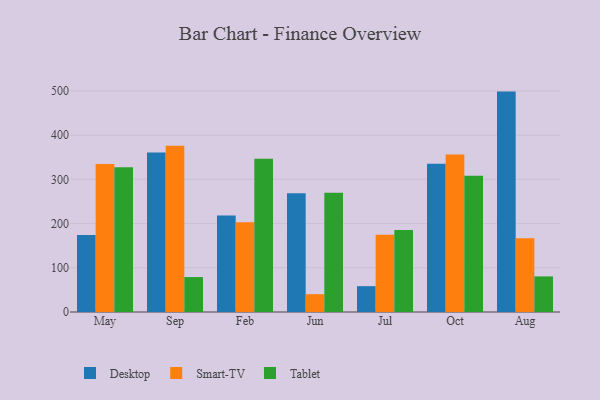
{"axis": {"x": "Month", "y": "Latency (ms)"}, "legend": ["Desktop", "Smart-TV", "Tablet"], "data": [{"x": "May", "y": 174.1, "type": "Desktop"}, {"x": "May", "y": 334.5, "type": "Smart-TV"}, {"x": "May", "y": 327.5, "type": "Tablet"}, {"x": "Sep", "y": 360.7, "type": "Desktop"}, {"x": "Sep", "y": 375.7, "type": "Smart-TV"}, {"x": "Sep", "y": 79.0, "type": "Tablet"}, {"x": "Feb", "y": 218.2, "type": "Desktop"}, {"x": "Feb", "y": 202.7, "type": "Smart-TV"}, {"x": "Feb", "y": 346.7, "type": "Tablet"}, {"x": "Jun", "y": 268.6, "type": "Desktop"}, {"x": "Jun", "y": 40.3, "type": "Smart-TV"}, {"x": "Jun", "y": 269.7, "type": "Tablet"}, {"x": "Jul", "y": 58.4, "type": "Desktop"}, {"x": "Jul", "y": 174.6, "type": "Smart-TV"}, {"x": "Jul", "y": 185.5, "type": "Tablet"}, {"x": "Oct", "y": 335.2, "type": "Desktop"}, {"x": "Oct", "y": 356.0, "type": "Smart-TV"}, {"x": "Oct", "y": 308.1, "type": "Tablet"}, {"x": "Aug", "y": 498.4, "type": "Desktop"}, {"x": "Aug", "y": 166.6, "type": "Smart-TV"}, {"x": "Aug", "y": 80.5, "type": "Tablet"}]}